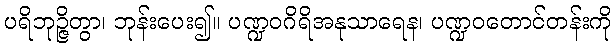
ပရိဘုဉ္ဇိတွာ၊ ဘုန်းပေး၍။ ပဏ္ဍဝဂိရိအနုသာရေန၊ ပဏ္ဍဝတောင်တန်းကို